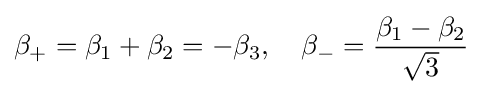
\beta _{+}=\beta _{1}+\beta _{2}=-\beta _{3},\quad \beta _{-}={\frac {\beta _{1}-\beta _{2}}{\sqrt {3}}}